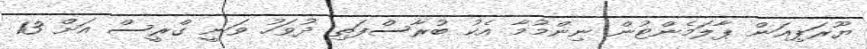
ޔޫރަޕިއަން ޕާލަމެންޓުން ނިންމުމާ އެކު ބުރާސްފަތި ދުވަހު ވަނީ ގްރީސް އަށް 13